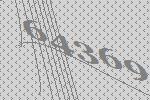
64369